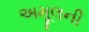
અમૂલની